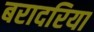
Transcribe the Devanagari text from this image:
बरादरिया